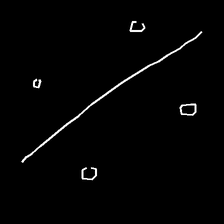
Glyph: cool